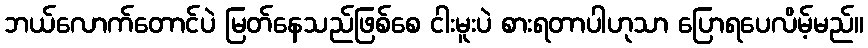
ဘယ်လောက်တောင်ပဲ မြတ်နေသည်ဖြစ်စေ ငါးမူးပဲ စားရတာပါဟုသာ ပြောရပေလိမ့်မည်။